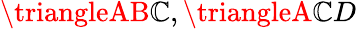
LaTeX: \triangleAB\mathbb{C},\triangleA\mathbb{C}D